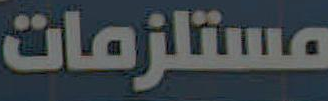
مستلزمات